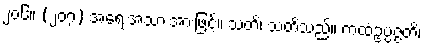
၂၀၆။ (၂၀၇) အရေးအသားအားဖြင့်။ သတိ၊ သတိသည်။ ကထံဥပ္ပဇ္ဇတိ၊